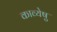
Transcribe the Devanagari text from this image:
काव्येषु